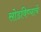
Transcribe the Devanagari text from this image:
सोडविण्याचे